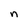
Character: n